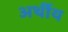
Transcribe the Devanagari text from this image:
अर्थीय